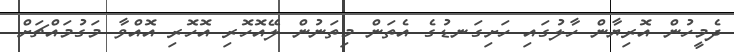
ދެމީހުން އޮރިޔާން ހާލުގައި ހަށިގަނޑުގެ އެތަން މިތަނުން ލޭއޮހޮރި އޮހޮރި އޮއްވާ މަގުމައްޗަށް